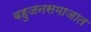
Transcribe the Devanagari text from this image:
बहुजनसमाजात